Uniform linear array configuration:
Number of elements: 12
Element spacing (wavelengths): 0.25
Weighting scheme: binomial
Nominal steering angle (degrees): -60
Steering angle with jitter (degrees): -59.13
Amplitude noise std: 0.05
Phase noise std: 0.05

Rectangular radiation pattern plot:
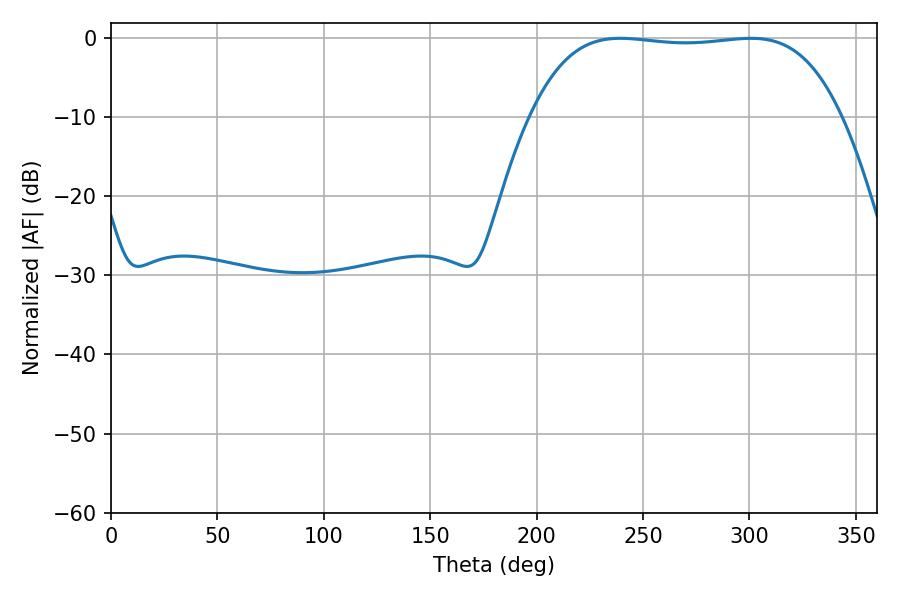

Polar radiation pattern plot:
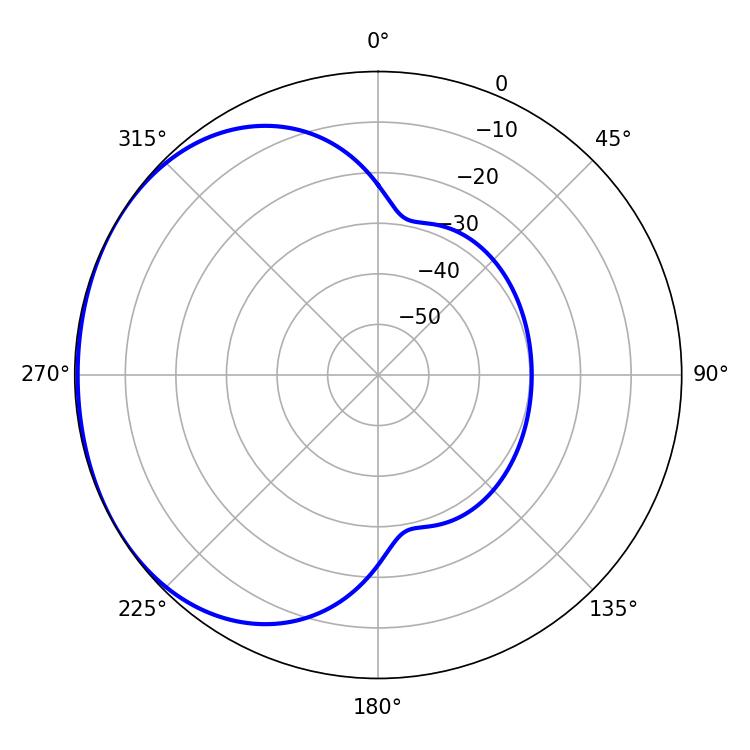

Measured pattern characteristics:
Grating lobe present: FALSE
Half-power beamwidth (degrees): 114.48
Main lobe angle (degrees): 239.4